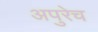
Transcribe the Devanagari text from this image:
अपुरेच